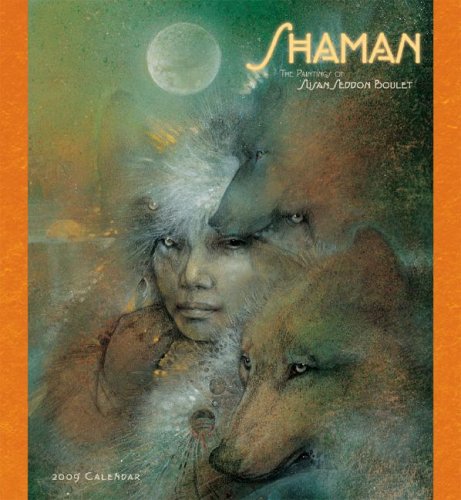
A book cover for Shaman 2009 Wall Calendar; Susan Seddon Boulet; Calendars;